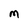
Character: M